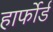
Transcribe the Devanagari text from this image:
हार्फोर्ड